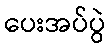
ပေးအပ်ပွဲ